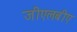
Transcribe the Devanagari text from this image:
जीएलबीए